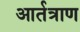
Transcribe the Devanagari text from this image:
आर्तत्राण